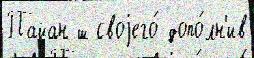
Пайан ш своjего́ допо́лн'ив